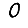
Digit: 0